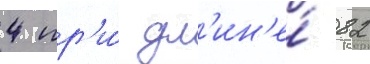
4 пр'и́ дл'ин'е́ 82